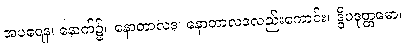
အပရေန၊ နောက်၌။ နောတာလဒ၊ နောတာလဒလည်းကောင်း။ ဒွိပဒုတ္တမော၊